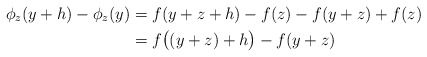
\begin{align*} \phi_z(y+h)-\phi_z(y)&=f(y+z+h)-f(z)-f(y+z)+f(z)\\&=f\big((y+z)+h\big)-f(y+z)\end{align*}